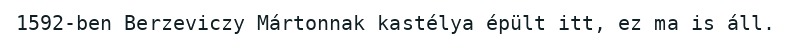
1592-ben Berzeviczy Mártonnak kastélya épült itt, ez ma is áll.